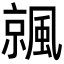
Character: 𩘁